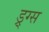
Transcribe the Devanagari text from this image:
ड्र्ग्स